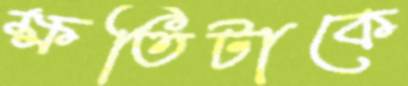
ক্ষতিটাকে